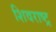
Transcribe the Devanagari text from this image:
शिवराष्ट्र